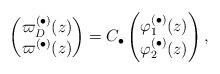
LaTeX: \begin{align*}\begin{pmatrix} \varpi_D^{(\bullet)}(z) \\ \varpi^{(\bullet)}(z) \end{pmatrix}= C_{\bullet}\begin{pmatrix}\varphi_1^{(\bullet)}(z) \\ \varphi_2^{(\bullet)}(z) \end{pmatrix},\end{align*}